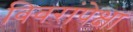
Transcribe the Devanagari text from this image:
विवरांपेक्षा